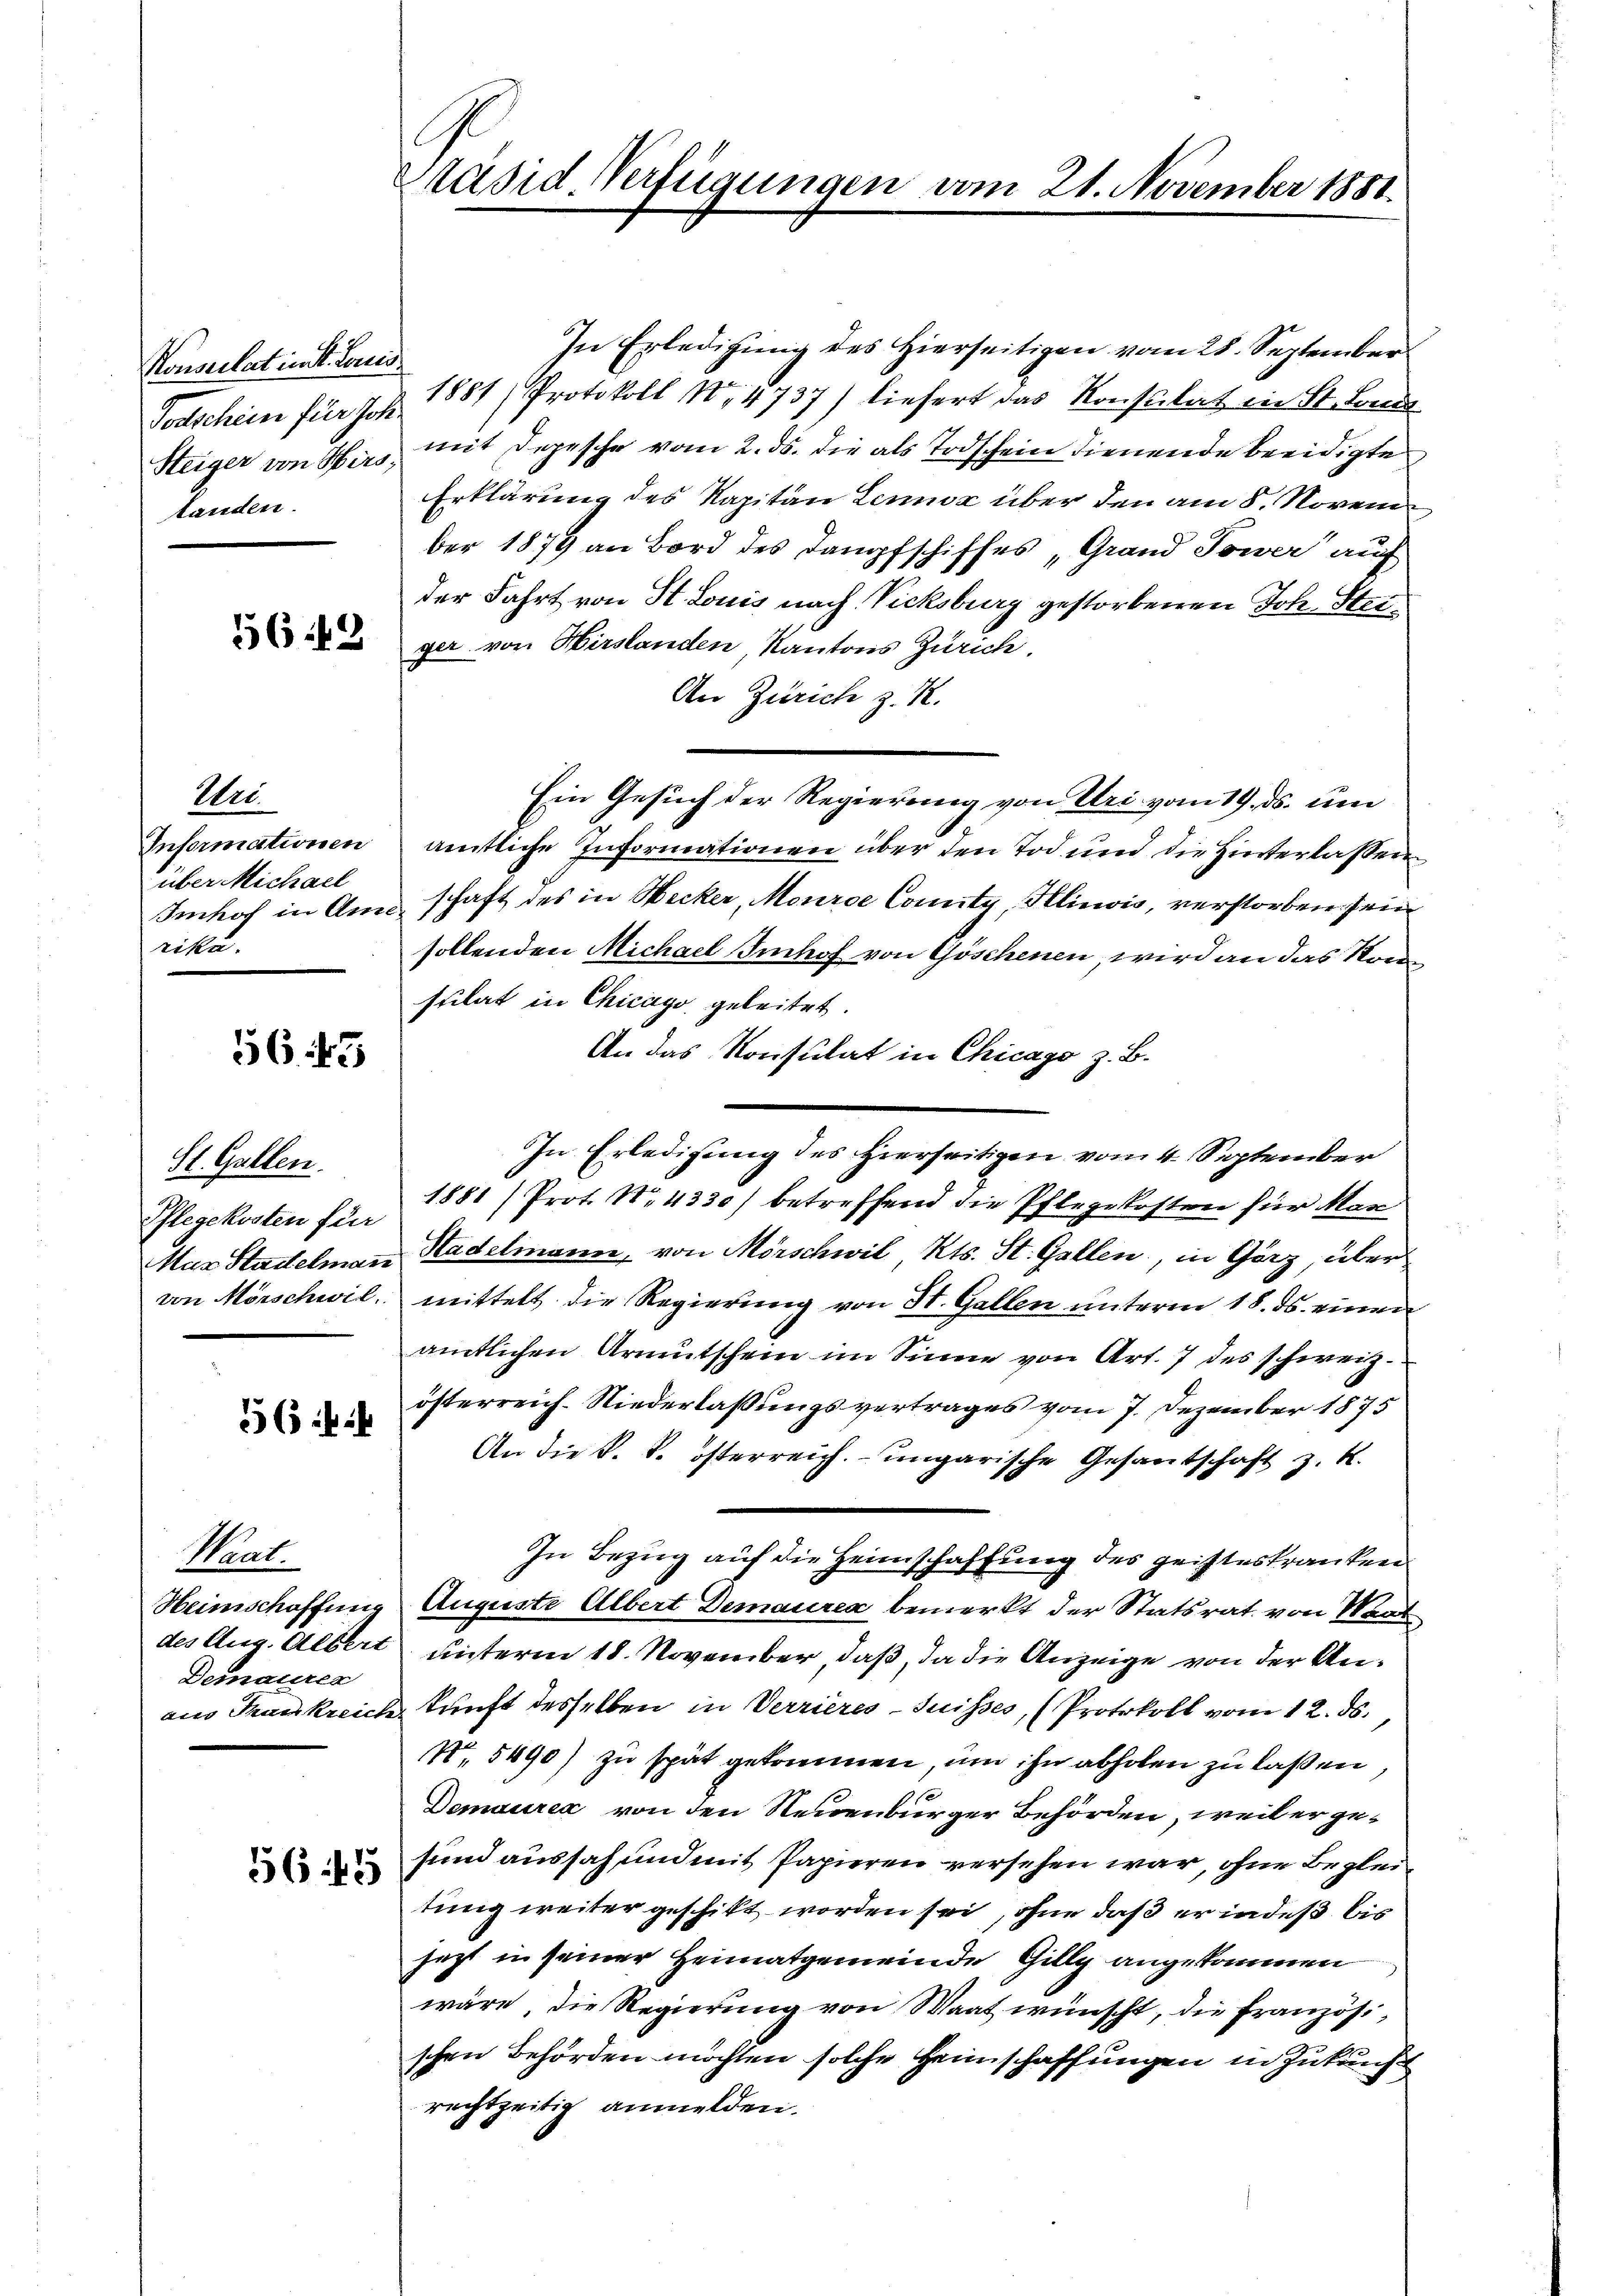
Konsulations Landtanden.

Wer
über Michael
rika.

56. 45

St. Gallen.
Pflegekosten für

56

Kat
Demaurea

5643

Päsid. Verfügungen

vom 21. November 1881

In Erledigung des Hierseitigen vom 28. September
Torschein für J. Z. 1881) Protokoll No 4737) liefert das Konstitat in St. Land
Steiger von Wies, mit Depesche vom 2. ds. die als Todschein dienende beeidigte
Erklärung des Kapitän Lennoz über den am 8. November 1879 an Bord des Dampfschiffes „Grand Sower auf
der Fahrt von St. Louis nach Vicksburg gestorbenen Joh. Steiger von Hirslanden, Kantons Zürich.
An Zürich z. Z.
Ein Gesuch der Regierung von Uri vom 19. ds. um
Informationen amtliche Informationen über den Tod und die Hinterlassen
Imhof in Anschaft des in Wecker, Mource Comitz, Klinois, verstorben sein
sollenden Michael Imhof von Göschenen, wird an das Konsulat in Chicago geleitet.
An das Konsulat in Chicago z. B.
In Erledigung des Hierseitigen vom 4. September
1881 (Prot. No. 4330) betreffend die Pflegekosten für Man
MMas Stadelmann Kadelmann, von Mörschwil, Kts. St. Gallen, in Görz, über
von Mörschwil mittelt die Regierung von St. Gallen unterm 18. ds. einen
amtlichen Armutschein im Sinne von Art. 7 des schweiz.
österreich. Niederlaßungsvertrages vom 7. Dezember 1875
An die k. k. österreich. ungarische Gesantschaft z. B.
In Bezug auf die Heimschaffung des geisteskranken
Heimschaffung Auguste Albert Demaurea bemerkt der Statsrat von Waat
des Aug. Albert unterm 18. November, daß, da die Anzeige von der Anaus Frankreich kunft desselben in Verrieres-Suisses, (Protokoll vom 12. ds.
N. 5490) zu spät gekommen, um ihn abholen zu laßen
Demauria von den Neuenburger Behörden, weil er gesind aussah und mit Papieren versehen war, ohne Begleitung weiter geschikt worden sei, ohne daß er indeß bis
jezt in seiner Heimatgemeinde Gilly angekommen
wäre, die Regierung von Waat wünscht, die französischen Behörden möchten solche Heimschaffungen in Zukunft
rechtzeitig anmelden.